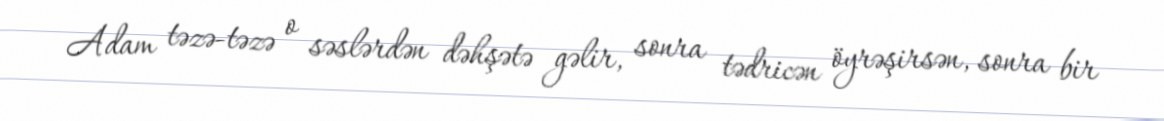
Adam təzə-təzə o səslərdən dəhşətə gəlir, sonra tədricən öyrəşirsən, sonra bir